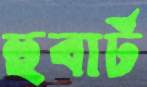
হুবার্ট